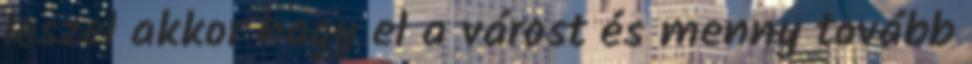
leszel akkor hagy el a várost és menny tovább